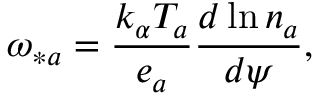
\omega _ { \ast a } = \frac { k _ { \alpha } T _ { a } } { e _ { a } } \frac { d \ln n _ { a } } { d \psi } ,